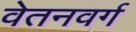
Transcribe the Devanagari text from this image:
वेतनवर्ग